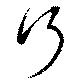
行